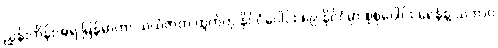
ညွှန်းကိန်းအရ မြန်မာဟာ သယံဇာတ ထွက်တဲ့ နိုင်ငံပေါင်း ၈၉ နိုင်ငံမှာ စုစုပေါင်း ရေနံနဲ့ သဘာဝ